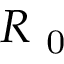
R _ { \mathrm { ~ 0 ~ } }